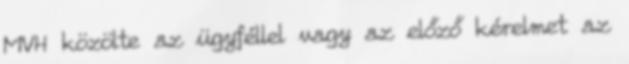
MVH közölte az ügyféllel vagy az előző kérelmet az